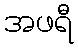
အဖရီ